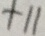
+ 1 1